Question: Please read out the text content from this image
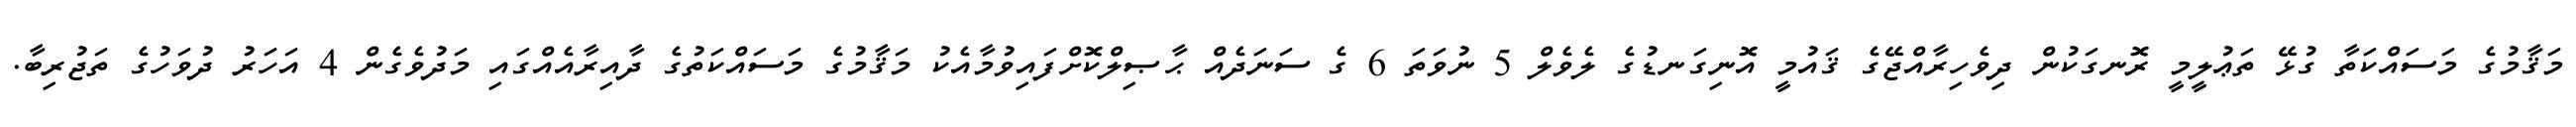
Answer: މަޤާމުގެ މަސައްކަތާ ގުޅޭ ތަޢުލީމީ ރޮނގަކުން ދިވެހިރާއްޖޭގެ ޤައުމީ އޮނިގަނޑުގެ ލެވެލް 5 ނުވަތަ 6 ގެ ސަނަދެއް ޙާޞިލްކޮށްފައިވުމާއެކު މަޤާމުގެ މަސައްކަތުގެ ދާއިރާއެއްގައި މަދުވެގެން 4 އަހަރު ދުވަހުގެ ތަޖުރިބާ.